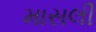
માસલી